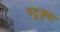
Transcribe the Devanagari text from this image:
स्टूड्न्ट